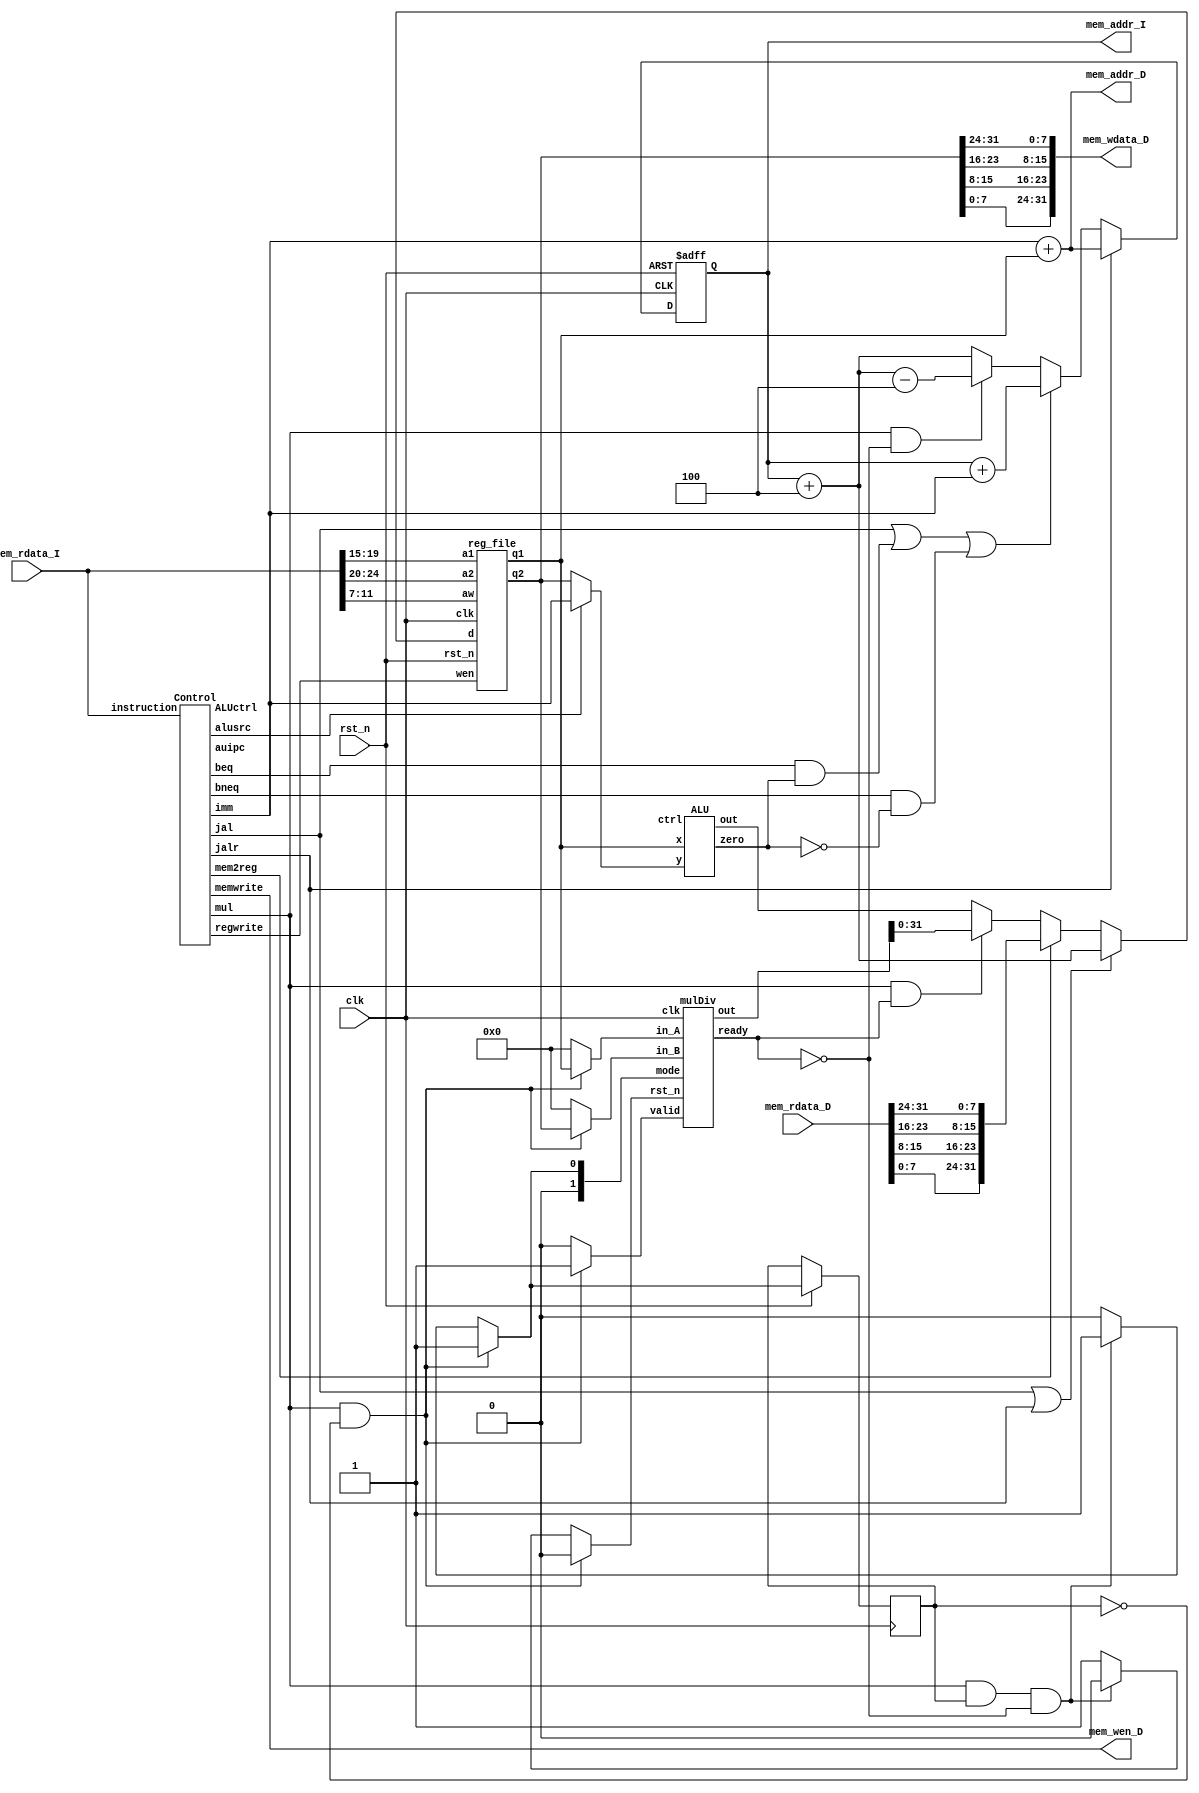
// Your code
module CHIP(clk,
            rst_n,
            // For mem_D
            mem_wen_D,
            mem_addr_D,
            mem_wdata_D,
            mem_rdata_D,
            // For mem_I
            mem_addr_I,
            mem_rdata_I);

    input         clk, rst_n ;
    // For mem_D
    output        mem_wen_D  ;
    output [31:0] mem_addr_D ;
    output [31:0] mem_wdata_D;
    input  [31:0] mem_rdata_D;
    // For mem_I
    output [31:0] mem_addr_I ;
    input  [31:0] mem_rdata_I;
    
    //---------------------------------------//
    // Do not modify this part!!!            //
    // Exception: You may change wire to reg //
    reg    [31:0] PC          ;              //
    reg   [31:0] PC_nxt      ;              //
    wire          regWrite    ;              //
    wire   [4:0] rs1, rs2, rd;              //
    wire   [31:0] rs1_data    ;              //
    wire   [31:0] rs2_data    ;              //
    wire   [31:0] rd_data     ;              //
    //---------------------------------------//

    // Todo: other wire/reg
    // I
    wire [31:0] I_data;
    wire [31:0] I_addr_add4, I_addr_branch, I_addr_jalr;
    // ALU
    wire [3:0] alu_ctrl;
    wire [31:0] alu_src1, alu_src2;
    wire alu_zero;
    wire [31:0] alu_out;
    // mul
    reg mul_rst_n;
    reg mul_valid;
    reg [1:0] mul_mode;
    wire mul_ready;
    reg [31:0] mul_in_A, mul_in_B;
    wire [63:0] mul_out;
    reg  mul_counter, mul_counter_nxt;
    // control
    wire [31:0] imm;
    wire mul, auipc, jal, jalr, beq, bneq, memW, mem2reg,regW,alusrc;
    wire [3:0] aluctrl;
    // module
    ALU alu(.ctrl(alu_ctrl),
            .x(alu_src1),
            .y(alu_src2),
            .zero(alu_zero),
            .out(alu_out));
    //---------------------------------------//
    // Do not modify this part!!!            //
    reg_file reg0(                           //
        .clk(clk),                           //
        .rst_n(rst_n),                       //
        .wen(regWrite),                      //
        .a1(rs1),                            //
        .a2(rs2),                            //
        .aw(rd),                             //
        .d(rd_data),                         //
        .q1(rs1_data),                       //
        .q2(rs2_data));                      //
    //---------------------------------------//
    Control control(.instruction(I_data),
                    .mul(mul),
                    .auipc(auipc),
                    .jal(jal),
                    .jalr(jalr),
                    .beq(beq),
                    .bneq(bneq),
                    .memwrite(memW),
                    .mem2reg(mem2reg),
                    .regwrite(regW),
                    .alusrc(alusrc),
                    .ALUctrl(aluctrl),
                    .imm(imm));
    mulDiv MUL( .clk(clk),
                .rst_n(mul_rst_n), 
                .valid(mul_valid), 
                .ready(mul_ready), 
                .mode(mul_mode), 
                .in_A(mul_in_A), 
                .in_B(mul_in_B), 
                .out(mul_out));
    
    // Todo: any combinational/sequential circuit
    // I
    assign I_data = mem_rdata_I[31:0];  // not sure
    assign I_data = {mem_rdata_I[7:0],mem_rdata_I[15:8],mem_rdata_I[23:16],mem_rdata_I[31:24]};  // not sure
    assign mem_addr_I = PC;
    assign I_addr_add4 = PC + 32'd4;
    assign I_addr_branch = PC + imm[31:0];
    assign I_addr_jalr = imm[31:0] + rs1_data[31:0]; // not sure
    // ALU
    assign alu_src1 = rs1_data;
    assign alu_src2 = (alusrc)? imm : rs2_data;
    // register file
    assign regWrite = regW;
    assign rs1 = {I_data[19:15]};
    assign rs2 = {I_data[24:20]};
    assign rd = {I_data[11:7]};
    assign rd_data = (jal|jalr)? I_addr_add4[31:0] : (mem2reg)? {mem_rdata_D[7:0],mem_rdata_D[15:8],mem_rdata_D[23:16],mem_rdata_D[31:24]} : (mul & mul_ready)? mul_out : alu_out;
    // D mem
    assign mem_wen_D = memW;
    assign mem_wdata_D = {rs2_data[7:0],rs2_data[15:8],rs2_data[23:16],rs2_data[31:24]};
    assign mem_addr_D = I_addr_jalr;

    always @(*) begin
        if ((mul == 1'b1) && (mul_counter == 1'b0)) begin
            mul_rst_n = 1'b0;
            mul_mode = 2'd1;
            mul_valid = 1'b1;
            mul_in_A = rs1_data[31:0];
            mul_in_B = rs2_data[31:0];
            mul_counter_nxt = 1'b1;
        end
        else if ((mul == 1'b1) && (mul_counter == 1'b1) && (mul_ready == 1'b0)) begin
            mul_rst_n = 1'b0;
            mul_mode = 2'd1;
            mul_valid = 1'b0;
            mul_in_A = 32'd0;
            mul_in_B = 32'd0;
            mul_counter_nxt = 1'b1;
        end
        // else if (mul == 1'b1 && mul_counter == 1'b1 && mul_ready == 1'b1):
        else begin
            mul_rst_n = 1'b1;
            mul_mode = 2'd0;
            mul_valid = 1'b0;
            mul_in_A = 32'd0;
            mul_in_B = 32'd0;
            mul_counter_nxt = 1'b0;
        end
    end



    always @(*) begin
        if(jalr)
            PC_nxt = I_addr_jalr; 
        else if (jal | (beq&alu_zero) | (bneq&(~alu_zero))) 
            PC_nxt = I_addr_branch;
        else if (mul & ~(mul_ready))
            PC_nxt = I_addr_add4 - 32'd4;
        else
            PC_nxt = I_addr_add4;
    end


    always @(posedge clk or negedge rst_n) begin
        if (!rst_n) begin
            PC <= 32'h00010000; // Do not modify this value!!!
            
        end
        else begin
            PC <= PC_nxt;
            mul_counter <= mul_counter_nxt;
        end
    end
endmodule

module reg_file(clk, rst_n, wen, a1, a2, aw, d, q1, q2);
   
    parameter BITS = 32;
    parameter word_depth = 32;
    parameter addr_width = 5;                   // 2^addr_width >= word_depth
    
    input clk, rst_n, wen;                      // wen: 0:read | 1:write
    input [BITS-1:0] d;                         // d = wdata
    input [addr_width-1:0] a1, a2, aw;          // a1 = raddr1, a2 = raddr2, aw = waddr

    output [BITS-1:0] q1, q2;                   // q1 = rdata_1, q2 = rdata_2

    reg [BITS-1:0] mem [0:word_depth-1];
    reg [BITS-1:0] mem_nxt [0:word_depth-1];

    integer i;

    assign q1 = mem[a1];
    assign q2 = mem[a2];

    always @(*) begin
        for (i=0; i<word_depth; i=i+1)
            mem_nxt[i] = (wen && (aw == i)) ? d : mem[i];
    end

    always @(posedge clk or negedge rst_n) begin
        if (!rst_n) begin
            mem[0] <= 0;
            for (i=1; i<word_depth; i=i+1) begin
                case(i)
                    32'd2: mem[i] <= 32'hbffffff0;
                    32'd3: mem[i] <= 32'h10008000;
                    default: mem[i] <= 32'h0;
                endcase
            end
        end
        else begin
            mem[0] <= 0;
            for (i=1; i<word_depth; i=i+1)
                mem[i] <= mem_nxt[i];
        end       
    end
endmodule

module ALU(ctrl, x, y, zero, out);
    input [3:0] ctrl;
    input [31:0] x;
    input [31:0] y;
    output reg zero;
    output reg [31:0] out;
    always @(*) begin
        out = 63'b0;
        zero = (x == y);
        case(ctrl)
            0: out = ($signed(x) + $signed(y)); // not sure signed or unsigned
            1: out = ($signed(x) - $signed(y));
            2: out = (x << y);
            3: out = (x < y)? 1:0;
            4: out = (x ^ y);
            5: out = (x >> y);
            6: out = (x >>> y);
            7: out = (x | y);
            8: out = (x & y);
            default : out = 32'b0;
        endcase
    end
endmodule

module Control(instruction, mul, auipc,jal, jalr, beq, bneq, memwrite, mem2reg, regwrite, alusrc, ALUctrl, imm);
  input [31:0] instruction;
  output reg mul;
  output reg auipc;
  output reg jal;
  output reg jalr;
  output reg beq;
  output reg bneq;
  output reg memwrite;
  output mem2reg;
  output reg regwrite;
  output reg alusrc;
  output reg [3:0] ALUctrl;
  output reg [31:0] imm;

  wire [6:0] opcode;
  wire bit_30;
  wire bit_25;
  wire [2:0] fun_3;

  parameter AUIPC = 7'b0010111;
	parameter JAL = 7'b1101111;
	parameter JALR = 7'b1100111;
	parameter BRANCH = 7'b1100011;
	parameter I = 7'b0010011;
	parameter LD = 7'b0000011;
	parameter SD = 7'b0100011;
	parameter R = 7'b0110011;
  parameter SHIFT = 7'b0010011;

  assign opcode = instruction[6:0];
	assign bit_30 = instruction[30];
	assign bit_25 = instruction[25];
	assign func_3 = instruction[14:12];
	assign mem2reg = (opcode==LD)? 1:0;

always @(*) begin
    mul = 1'b0;
    case(opcode)
        AUIPC: begin
            auipc = 1'b1;
            jal = 1'b0;
            jalr = 1'b0;
            beq = 1'b0;
            bneq = 1'b0;
            memwrite = 1'b0;
            regwrite = 1'b1;
            alusrc = 1'b0;
            imm = {instruction[31:12], 12'b0};
        end
        JAL: begin
            auipc = 1'b0;
            jal = 1'b1;
            jalr = 1'b0;
            beq = 1'b0;
            bneq = 1'b0;
            memwrite = 1'b0;
            regwrite = 1'b0;
            alusrc = 1'b0;
            ALUctrl = 4'd0;
            // not sure
            imm = {11'b0, instruction[31],instruction[19:12],instruction[20],instruction[30:21],1'b0};
        end
        JALR: begin
            auipc = 1'b0;
            jal = 1'b0;
            jalr = 1'b1;
            beq = 1'b0;
            bneq = 1'b0;
            memwrite = 1'b0;
            regwrite = 1'b0;
            alusrc = 1'b0;
            ALUctrl = 4'd0;
            // not sure
            imm = {20'b0, instruction[31:20]};
        end
        BRANCH: begin
            auipc = 1'b0;
            jal = 1'b0;
            jalr = 1'b0;
            if (func_3 == 3'b000)begin
                beq = 1'b1;
                bneq = 1'b0;
            end
            else begin          // func_3 == 001
                beq = 1'b0;
                bneq = 1'b1;
            end
            memwrite = 1'b0;
            regwrite = 1'b0;
            alusrc = 1'b0;
            ALUctrl = 4'd1;
            imm = {19'b0, instruction[31], instruction[7], instruction[30:25], instruction[11:8], 1'b0};
        end
        I: begin
            auipc = 1'b0;
            jal = 1'b0;
            jalr = 1'b0;
            beq = 1'b0;
            bneq = 1'b0;
            memwrite = 1'b0;
            regwrite = 1'b1;
            alusrc = 1'b1;
            imm = {20'b0,imm[31:20]};
            if (func_3 == 3'b000)           // addi
                ALUctrl = 4'd0;
            else if (func_3 == 3'b010)  // slti
                ALUctrl = 4'd3;
            else
                ALUctrl = 4'd15;
        end
        LD: begin
            auipc = 1'b0;
            jal = 1'b0;
            jalr = 1'b0;
            beq = 1'b0;
            bneq = 1'b0;
            memwrite = 1'b0;
            regwrite = 1'b1;
            alusrc = 1'b1;
            imm = {20'b0, instruction[31:20]};
            ALUctrl = 4'd0;
        end
        SD: begin
            auipc = 1'b0;
            jal = 1'b0;
            jalr = 1'b0;
            beq = 1'b0;
            bneq = 1'b0;
            memwrite = 1'b1;
            regwrite = 1'b0;
            alusrc = 1'b1;
            imm = {20'b0, instruction[31:25], instruction[11:7]};
            ALUctrl = 4'd0;
        end
        R: begin
            auipc = 1'b0;
            jal = 1'b0;
            jalr = 1'b0;
            beq = 1'b0;
            bneq = 1'b0;
            memwrite = 1'b0;
            regwrite = 1'b1;
            alusrc = 1'b0;
            imm = {32'b0};
            if (func_3 == 3'b000) begin
                if (bit_30 == 1'b0 && bit_25 == 0)          // add
                    ALUctrl = 4'd0;                 
                else if (bit_30 == 1'b1 && bit_25 == 0)     // sub
                    ALUctrl = 4'd1;
                else                                        // mul
                    mul = 1'b1;
            end
            else
                ALUctrl = 4'd15;
        end
        SHIFT:
        begin
            jal = 1'b0;
            jalr = 1'b0;
            beq = 1'b0;
            bneq = 1'b0;
            memwrite = 1'b0;
            regwrite = 1'b1;
            alusrc = 1'b0;
            if (func_3 == 3'b001) begin //slli
            ALUctrl = 4'd2;
            end
            else begin                  //srli
            ALUctrl = 4'd5;
            end
        end
        default : begin
            auipc = 1'b0;
            jal = 1'b0;
            jalr = 1'b0;
            beq = 1'b0;
            bneq = 1'b0;
            memwrite = 1'b0;
            regwrite = 1'b0;
            alusrc = 1'b0;
            imm = {32'b0};
            ALUctrl = 4'd0;

        end
    endcase
end

endmodule

module mulDiv(clk, rst_n, valid, ready, mode, in_A, in_B, out);
  // Todo: your HW2
  // Definition of ports
  input         clk, rst_n;
  input         valid;
  input  [1:0]  mode; // mode: 0: mulu, 1: divu, 2: and, 3: or
  output        ready;
  input  [31:0] in_A, in_B;
  output [63:0] out;

  // Definition of states
  parameter IDLE = 3'd0;
  parameter MUL  = 3'd1;
  parameter DIV  = 3'd2;
  parameter AND = 3'd3;
  parameter OR = 3'd4;
  parameter OUT  = 3'd5;

  // Todo: Wire and reg if needed
  reg  [ 2:0] state, state_nxt;
  reg  [ 4:0] counter, counter_nxt;
  reg  [63:0] shreg, shreg_nxt; //what is this for?
  reg  [31:0] alu_in, alu_in_nxt;//what is alu_in_nxt, counter_nxt for?
  reg  [32:0] alu_out;
  // Todo 5: Wire assignments
  assign ready= (state==OUT)?1'b1:1'b0;
  assign out = shreg;
  // Combinational always block
  // Todo 1: Next-state logic of state machine
  always @(*)
  begin
    state_nxt = state;
    case(state)
      IDLE:
      begin
        if(!valid)
        begin
          state_nxt=IDLE;
        end
        else
        begin
          if(mode==2'b00)
          begin
            state_nxt=MUL;
          end
          else if (mode==2'b01)
          begin
            state_nxt=DIV;
          end
          else if (mode==2'b10)
          begin
            state_nxt=AND;
          end
          else if (mode==2'b11)
          begin
            state_nxt=OR;
          end
        end
      end
      MUL :
      begin
        // in_A is multiplicand, in_B is multiplier
        //in_A is divisor, in_B is dividend
        if(counter==5'b11111)
          state_nxt=OUT;
        else
          state_nxt=MUL;
      end
      DIV :
      begin
        if(counter==5'b11111)
          state_nxt=OUT;
        else
          state_nxt=DIV;
      end
      AND :
        state_nxt = OUT;
      OR  :
        state_nxt = OUT;
      OUT :
        state_nxt = IDLE;
      default :
        state_nxt = IDLE;
    endcase
  end
  // Todo 2: Counter
  always @(*)
  begin
    counter_nxt=counter;
    case(state)
      MUL:
      begin
        if (counter<5'b11111)//do we need to write 32 in binary form?
        begin
          counter_nxt = counter + 6'b00001;

        end
      end
      DIV :
      begin
        if(counter<=6'b11111)
        begin
          counter_nxt=counter+6'b00001;

        end
      end
      default:
        counter_nxt = 0;
    endcase
  end
  // ALU input
  always @(*)
  begin
    case(state)
      IDLE:
      begin
        if (valid)
        begin
          alu_in_nxt = in_B;
        end
        else
        begin
          alu_in_nxt = 0;
        end
      end
      OUT :
        alu_in_nxt = 0;
      default:
        alu_in_nxt = alu_in;
    endcase
  end

  // Todo 3: ALU output
  always @(*)
  begin
    case(state)
      MUL:
      begin
        // if clock <32
        if(shreg[0]==1'b1)
        begin
          alu_out=alu_in+shreg[63:32]; //may use alu_in (?)
        end
        else
        begin
          alu_out=shreg[63:32];

        end
      end
      DIV :
      begin
        if(shreg[62:31]>alu_in)
        begin
          alu_out[32:1]=shreg[62:31]-alu_in;
          alu_out[0]=shreg[30];
        end
        else
        begin
          //shift-l
          alu_out=shreg[62:30];

        end
      end

      default:
        alu_out=0;
    endcase
  end
  //[31:0]sub = shreg_r[62:31] - alu_in_r ;
  // Todo 4: Shift register
  always @(*)
  begin
    case(state)
      IDLE:
      begin
        if (valid)
          //load data to the low 32 bits
          shreg_nxt[31:0]=in_A;
        else
          shreg_nxt[31:0]=0;
        shreg_nxt[63:32]=32'd0;
        //do we need to consider valid =0 ?

      end
      MUL :
      begin
        shreg_nxt[63:31]=alu_out;
        shreg_nxt[30:0]=shreg[31:1];
      end

      DIV:
      begin
        if(shreg[62:31]>=alu_in)
        begin
          //what if we shift here?
          shreg_nxt[63:31]=alu_out;
          //shreg_nxt=shreg<<1;
          shreg_nxt[30:1]=shreg[29:0];
          shreg_nxt[0]=1'b1;
          //if sub, add 1 after shift
        end
        else
        begin
          /*
          shreg[63:32]=alu_out[31:0];
          shreg_nxt=shreg<<1;
          */
          shreg_nxt[63:31]=alu_out;
          //shreg_nxt=shreg<<1;
          shreg_nxt[30:1]=shreg[29:0];
          shreg_nxt[0]=1'b0;
        end
      end
      AND:
      begin
        shreg_nxt[31:0]=shreg[31:0]& alu_in;
        shreg_nxt[63:32]=0;

      end
      OR:
      begin
        shreg_nxt[31:0]=shreg[31:0]| alu_in;
        shreg_nxt[63:32]=0;

      end
      OUT:
        shreg_nxt=0;
      default:
        shreg_nxt=shreg;
    endcase
  end

  // Todo: Sequential always block
  always @(posedge clk or negedge rst_n)
  begin
    if (!rst_n)
    begin
      state <= IDLE;
      alu_in<=0;
      counter<=0;

      shreg<=0;
    end
    else
    begin
      state <= state_nxt;
      counter<=counter_nxt;
      alu_in<=alu_in_nxt;
      shreg<=shreg_nxt;

    end
  end
endmodule